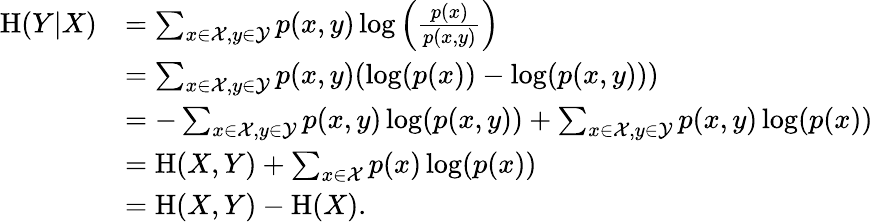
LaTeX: {\begin{array}{rl}{\mathrm{H}(Y|X)}&{=\sum_{x\in{\mathcal{X}},y\in{\mathcal{Y}}}p(x,y)\log\left({\frac{p(x)}{p(x,y)}}\right)}\\ &{=\sum_{x\in{\mathcal{X}},y\in{\mathcal{Y}}}p(x,y)(\log(p(x))-\log(p(x,y)))}\\ &{=-\sum_{x\in{\mathcal{X}},y\in{\mathcal{Y}}}p(x,y)\log(p(x,y))+\sum_{x\in{\mathcal{X}},y\in{\mathcal{Y}}}{p(x,y)\log(p(x))}}\\ &{=\mathrm{H}(X,Y)+\sum_{x\in{\mathcal{X}}}p(x)\log(p(x))}\\ &{=\mathrm{H}(X,Y)-\mathrm{H}(X).}\end{array}}